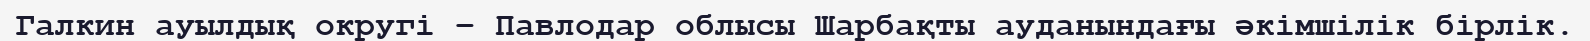
Галкин ауылдық округі – Павлодар облысы Шарбақты ауданындағы әкімшілік бірлік.